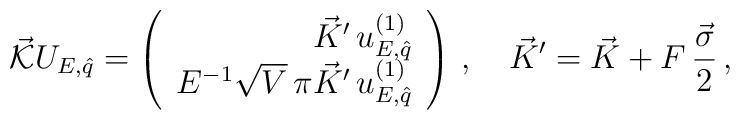
\vec{\cal K}U_{E,\hat q}=\left(\begin{array}{r}\vec{K}'\,u^{(1)}_{E,\hat q}\\E^{-1}\sqrt{V}\, \pi\vec{K}'\,u^{(1)}_{E,\hat q}\end{array}\right)\,,\quad\vec{K}'=\vec{K}+F\,\frac{\vec{\sigma}}{2}\,,